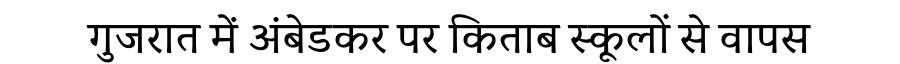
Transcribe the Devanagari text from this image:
गुजरात में अंबेडकर पर किताब स्कूलों से वापस